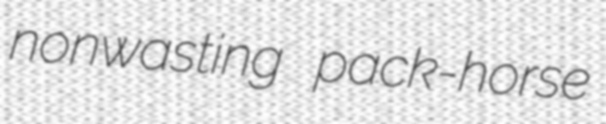
nonwasting pack-horse